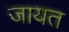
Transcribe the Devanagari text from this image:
जायत